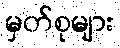
မှတ်စုများ